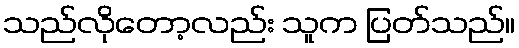
သည်လိုတော့လည်း သူက ပြတ်သည်။